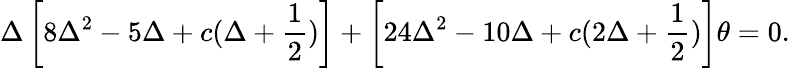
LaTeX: \Delta\left[8\Delta^{2}-5\Delta+c(\Delta+\frac{1}{2})\right]+\left[24\Delta^{2}-10\Delta+c(2\Delta+\frac{1}{2})\right]\theta=0.